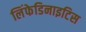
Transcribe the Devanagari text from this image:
लिंफेडिनाइटिस